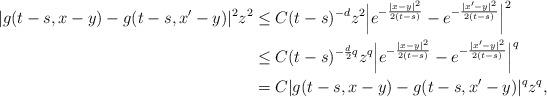
LaTeX: \begin{align*}\lvert g(t-s,x-y)-g(t-s,x'-y)\rvert^2 z^2&\leq C(t-s)^{-d}z^2\Bigl\lvert e^{-\frac{\lvert x-y\rvert^2}{2 (t-s)}} - e^{-\frac{\lvert x'-y\rvert^2}{2 (t-s)}} \Bigr\rvert^2\\&\leq C(t-s)^{-\frac d2 q}z^q\Bigl\lvert e^{-\frac{\lvert x-y\rvert^2}{2 (t-s)}} - e^{-\frac{\lvert x'-y\rvert^2}{2 (t-s)}} \Bigr\rvert^q\\&=C\lvert g(t-s,x-y)-g(t-s,x'-y)\rvert^qz^q, \end{align*}